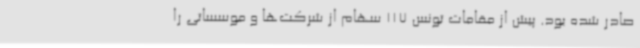
صادر شده بود. پیش از مقامات تونس 117 سهام از شرکت‌ها و موسساتی را